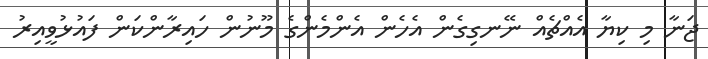
ޖަނާ މި ކިޔާ އެއްޗެއް ނޭނގިގެން އެހެން އެންމެންގެ މޫނުން ހައިރާންކަން ފައުޅުވީއިރު